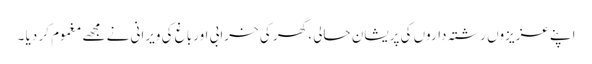
اپنے عزیزوں رشتہ داروں کی پریشان حالی ، گھر کی خرابی اور باغ کی ویرانی نے مجھے مغموم کر دیا ۔